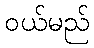
ဝယ်မည်